Report on vaccination in Madras 1922-1929 - 1922-1929
Year: 1922
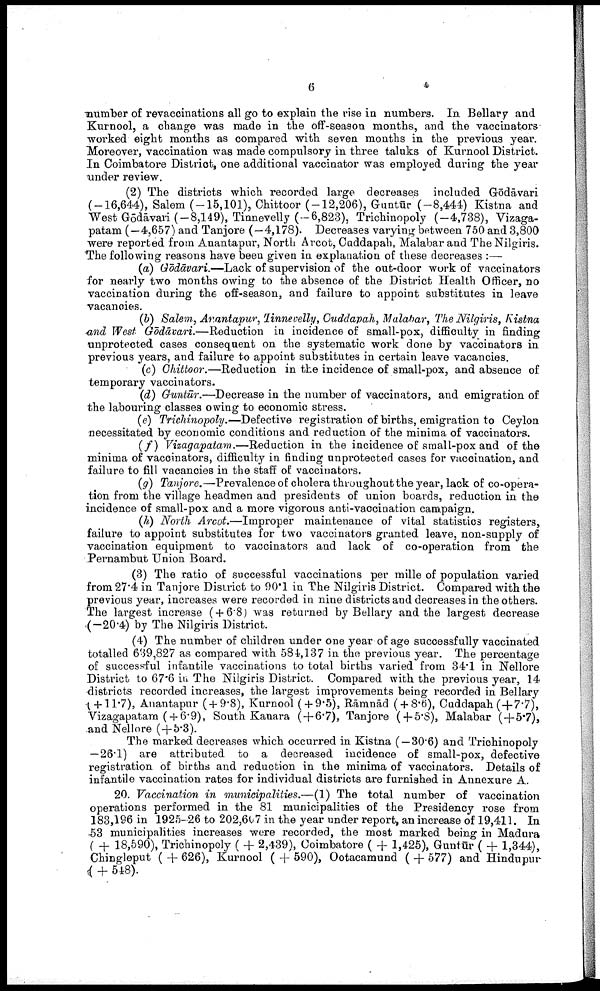
6
number of revaccinations all go to explain the rise in numbers. In Bellary and
Kurnool, a change was made in the off-season months, and the vaccinators
worked eight months as compared with seven months in the previous year.
Moreover, vaccination was made compulsory in three taluks of Kurnool District.
In Coimbatore District, one additional vaccinator was employed during the year
under review.
(2) The districts which recorded large decreases included Gōdāvari
(-16,644), Salem (-15,101), Chittoor (-12,206), Guntūr (-8,444) Kistna and
West Gōdāvari (-8,149), Tinnevelly (-6,823), Trichinopoly (-4,738), Vizaga-
patam (—4,657) and Tanjore (—4,178). Decreases varying between 750 and 3,800
were reported from Anantapur, North Arcot, Caddapah, Malabar and The Nilgiris.
The following reasons have been given in explanation of these decreases :—
(a) Gōdāvari.—Lack of supervision of the out-door work of vaccinators
for nearly two months owing to the absence of the District Health Officer, no
vaccination during the off-season, and failure to appoint substitutes in leave
vacancies.
(b) Salem, Anantapur, Tinnevelly, Cuddapah, Malabar, The Nilgiris, Kistna
and West Gōdāvari.—Reduction in incidence of small-pox, difficulty in finding
unprotected cases consequent on the systematic work done by vaccinators in
previous years, and failure to appoint substitutes in certain leave vacancies.
(c) Chittoor.—Reduction in the incidence of small-pox, and absence of
temporary vaccinators.
(d) Guntūr.—Decrease in the number of vaccinators, and emigration of
the labouring classes owing to economic stress.
(e) Trichinopoly.—Defective registration of births, emigration to Ceylon
necessitated by economic conditions and reduction of the minima of vaccinators.
(f) Vizagapatam.—Reduction in the incidence of small-pox and of the
minima of vaccinators, difficulty in finding unprotected cases for vaccination, and
failure to fill vacancies in the staff of vaccinators.
(g) Tanjore.—Prevalence of cholera throughout the year, lack of co-opera
tion from the village headmen and presidents of union boards, reduction in the
incidence of small-pox and a more vigorous anti-vaccination campaign.
(h) North Arcot.—Improper maintenance of vital statistics registers,
failure to appoint substitutes for two vaccinators granted leave, non-supply of
vaccination equipment to vaccinators and lack of co-operation from the
Pernambut Union Board.
(3) The ratio of successful vaccinations per mille of population varied
from 27.4 in Tanjore District to 90.1 in The Nilgiris District. Compared with the
previous year, increases were recorded in nine districts and decreases in the others.
The largest increase ( + 6.8) was returned by Bellary and the largest decrease
(-20.4) by The Nilgiris District.
(4) The number of children under one year of age successfully vaccinated
totalled 639,827 as compared with 584,137 in the previous year. The percentage
of successful infantile vaccinations to total births varied from 34.1 in Nellore
District to 67.6 in The Nilgiris District. Compared with the previous year, 14
districts recorded increases, the largest improvements being recorded in Bellary
( +11.7), Anantapur ( + 9.8), Kurnool ( + 9.5), Rāmnād ( + 8.6), Cuddapah (+7.7),
Vizagapatam ( + 6.9), South Kanara (+6.7), Tanjore (+5.8), Malabar ( + 5.7),
and Nellore (+5.3).
The marked decreases which occurred in Kistna ( — 30.6) and Trichinopoly
—26.1) are attributed to a decreased incidence of small-pox, defective
registration of births and reduction in the minima of vaccinators. Details of
infantile vaccination rates for individual districts are furnished in Annexure A.
20. Vaccination in municipalities.—(1) The total number of vaccination
operations performed in the 81 municipalities of the Presidency rose from
183,196 in 1925-26 to 202,667 in the year under report, an increase of 19,411. In
53 municipalities increases were recorded, the most marked being in Madura
( + 18,590), Trichinopoly ( + 2,439), Coimbatore ( + 1,425), Guntūr ( + 1,344),
Chingleput ( + 626), Kurnool ( + 590), Ootacamund ( + 577) and Hindupur
( + 548).